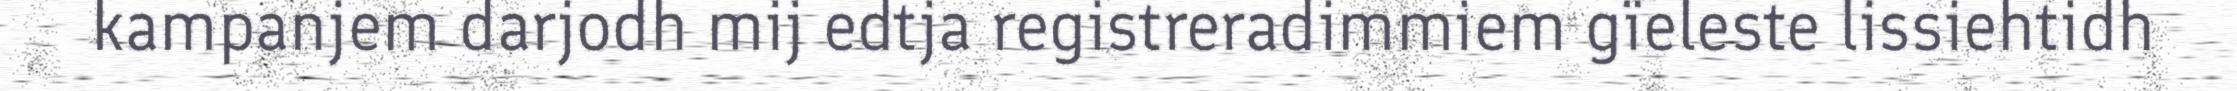
kampanjem darjodh mij edtja registreradimmiem gïeleste lissiehtidh